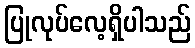
ပြုလုပ်လေ့ရှိပါသည်